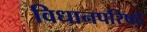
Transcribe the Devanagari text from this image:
विधानपरिषदे